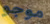
موجو